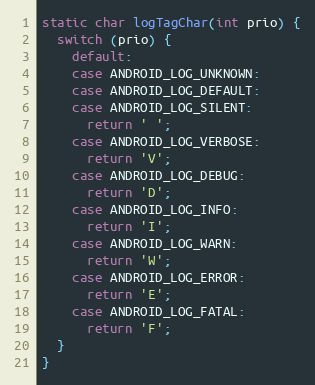
Language: C++
static char logTagChar(int prio) {
  switch (prio) {
    default:
    case ANDROID_LOG_UNKNOWN:
    case ANDROID_LOG_DEFAULT:
    case ANDROID_LOG_SILENT:
      return ' ';
    case ANDROID_LOG_VERBOSE:
      return 'V';
    case ANDROID_LOG_DEBUG:
      return 'D';
    case ANDROID_LOG_INFO:
      return 'I';
    case ANDROID_LOG_WARN:
      return 'W';
    case ANDROID_LOG_ERROR:
      return 'E';
    case ANDROID_LOG_FATAL:
      return 'F';
  }
}